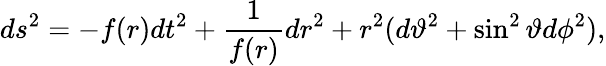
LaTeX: ds^{2}=-f(r)dt^{2}+\frac{1}{f(r)}dr^{2}+r^{2}(d\vartheta^{2}+\sin^{2}\vartheta d\phi^{2}),